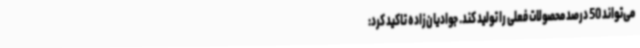
می‌تواند 50 درصد محصولات فعلی را تولید کند. جوادیان‌زاده تاکید کرد: